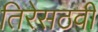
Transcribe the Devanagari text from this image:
तिरेसठवीं